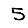
Digit: 5